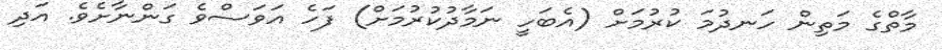
މާތްގެ މަތިން ހަނދުމަ ކުރުމަށް (އެބަހީ ނަމާދުކުރުމަށް) ފަހެ އަވަސްވެ ގަންނާށެވެ. އަދި